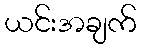
ယင်းအချက်